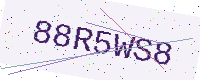
Text: 88R5WS8